Indian journal of veterinary science and animal husbandry - Volume 1,
Year: 1931
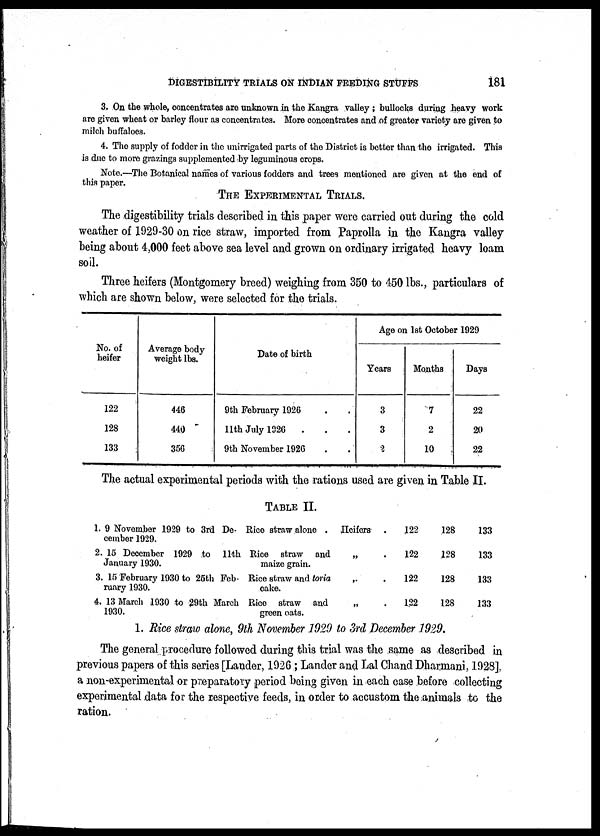
DIGESTIBILITY TRIALS ON INDIAN FEEDING STUFFS
181
3. On the whole, concentrates are unknown in the Kangra valley ; bullocks during heavy work
are given wheat or barley flour as concentrates. More concentrates and of greater variety are given to
milch buffaloes.
4. The supply of fodder in the unirrigated parts of the District is better than the irrigated. This
is due to more grazings supplemented by leguminous crops.
Note.—The Botanical names of various fodders and trees mentioned are given at the end of
this paper.
THE EXPERIMENTAL TRIALS.
The digestibility trials described in this paper were carried out during the cold
weather of 1929-30 on rice straw, imported from Paprolla in the Kangra valley
being about 4,000 feet above sea level and grown on ordinary irrigated heavy loam
soil.
Three heifers (Montgomery breed) weighing from 350 to 450 lbs., particulars of
which are shown below, were selected for the trials.
No. of
heifer
122
128
133
Average body
weight lbs.
446
440
356
Date of birth
9th February 1926
11th July 1926 .
9th November 1926
Age on 1st October 1929
Years
3
3
2
Months
7
2
10
Days
22
20
22
The actual experimental periods with the rations used are given in Table II.
TABLE II.
1. 9 November 1929 to 3rd De-
cember 1929.
2. 15 December 1929 to 11th
January 1930.
3. 15 February 1930 to 25th Feb-
ruary 1930.
4. 13 March 1930 to 29th March
1930.
Rice straw alone
Rice straw and
maize grain.
Rice straw and toria
cake.
Rice straw and
green oats.
Heifers
„ .
„ .
„ .
122
122
122
122
128
128
128
128
133
133
133
133
1. Rice straw alone, 9th November 1929 to 3rd December 1929.
The general procedure followed during this trial was the same as described in
previous papers of this series [Lander, 1926 ; Lander and Lal Chand Dharmani, 1928],
a non-experimental or preparatory period being given in each case before collecting
experimental data for the respective feeds, in order to accustom the animals to the
ration.